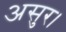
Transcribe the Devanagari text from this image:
असुर।